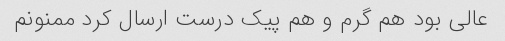
عالی بود هم گرم و هم پیک درست ارسال کرد ‌ممنونم